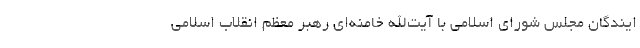
ایندگان مجلس شورای اسلامی با آیت‌الله خامنه‌ای رهبر معظم انقلاب اسلامی